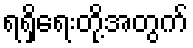
ရရှိရေးတို့အတွက်